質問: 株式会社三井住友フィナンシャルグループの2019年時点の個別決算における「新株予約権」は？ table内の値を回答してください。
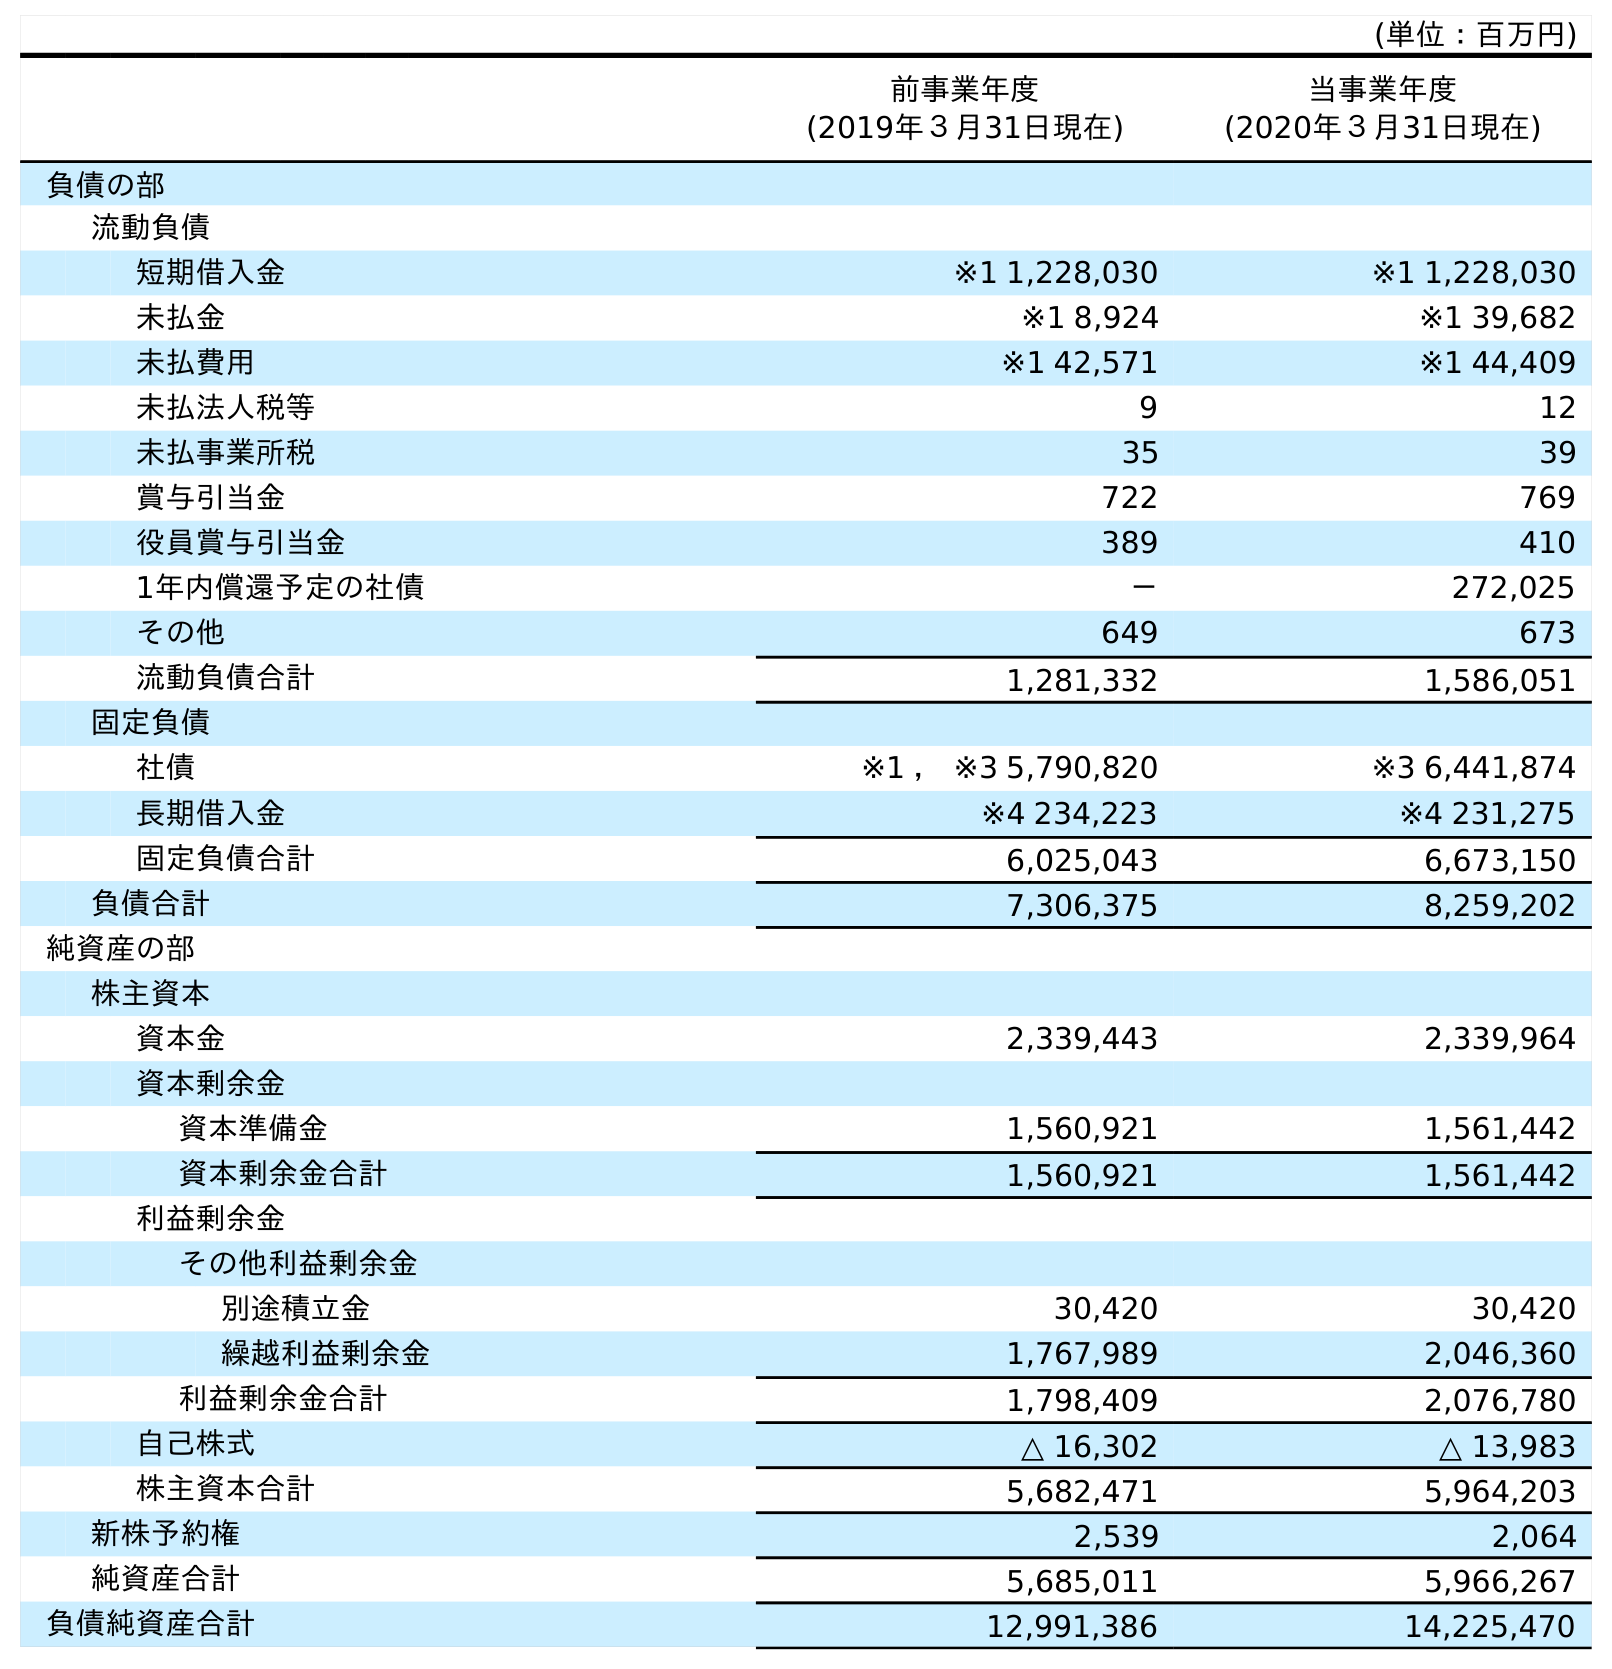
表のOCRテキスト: (単位：百万円) 前事業年度 (2019年３月31日現在) 当事業年度 (2020年３月31日現在) 負債の部 流動負債 短期借入金 ※1 1,228,030 ※1 1,228,030 未払金 ※1 8,924 ※1 39,682 未払費用 ※1 42,571 ※1 44,409 未払法人税等 9 12 未払事業所税 35 39 賞与引当金 722 769 役員賞与引当金 389 410 1年内償還予定の社債 － 272,025 その他 649 673 流動負債合計 1,281,332 1,586,051 固定負債 社債 ※1 ， ※3 5,790,820 ※3 6,441,874 長期借入金 ※4 234,223 ※4 231,275 固定負債合計 6,025,043 6,673,150 負債合計 7,306,375 8,259,202 純資産の部 株主資本 資本金 2,339,443 2,339,964 資本剰余金 資本準備金 1,560,921 1,561,442 資本剰余金合計 1,560,921 1,561,442 利益剰余金 その他利益剰余金 別途積立金 30,420 30,420 繰越利益剰余金 1,767,989 2,046,360 利益剰余金合計 1,798,409 2,076,780 自己株式 △ 16,302 △ 13,983 株主資本合計 5,682,471 5,964,203 新株予約権 2,539 2,064 純資産合計 5,685,011 5,966,267 負債純資産合計 12,991,386 14,225,470
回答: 2,539